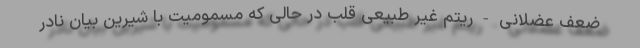
ضعف عضلانی - ریتم غیر طبیعی قلب در حالی که مسمومیت با شیرین بیان نادر